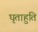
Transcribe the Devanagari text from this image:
घृताहुति